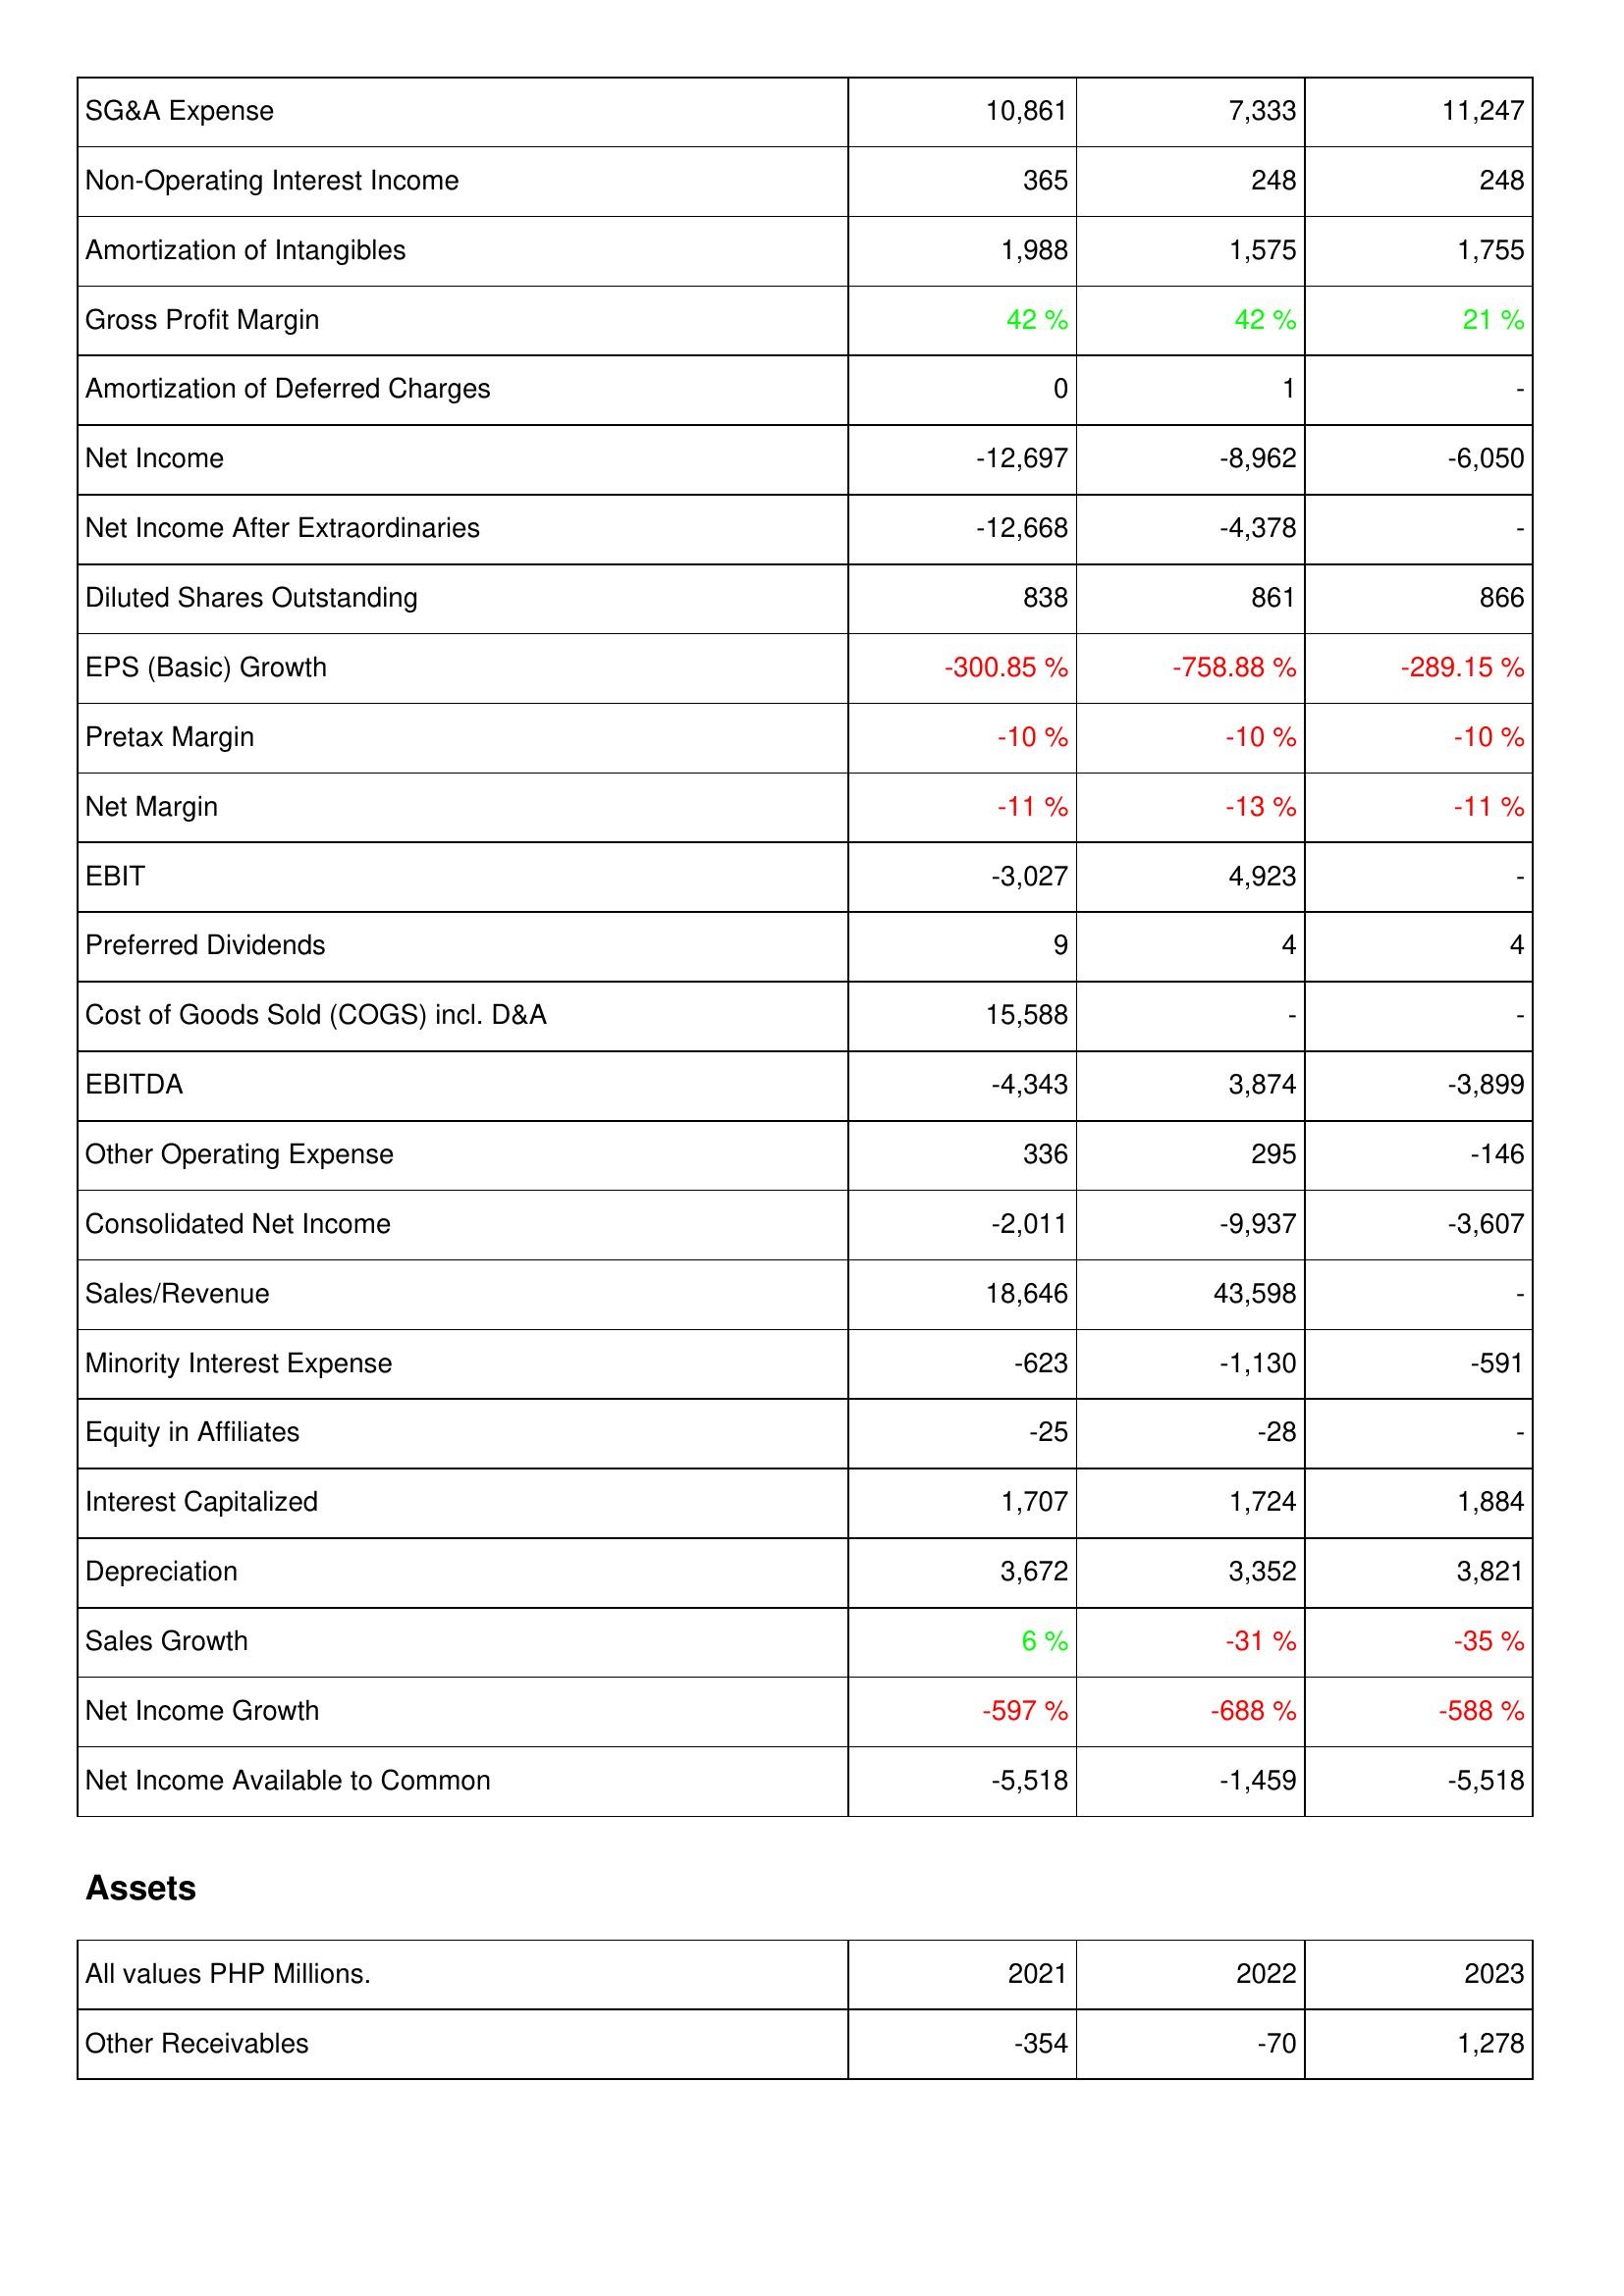
2021: Income Statement: SG&A Expense: 10,861
Non-Operating Interest Income: 365
Amortization of Intangibles: 1,988
Gross Profit Margin: 42 %
Amortization of Deferred Charges: 0
Net Income: -12,697
Net Income After Extraordinaries: -12,668
Diluted Shares Outstanding: 838
EPS (Basic) Growth: -300.85 %
Pretax Margin: -10 %
Net Margin: -11 %
EBIT: -3,027
Preferred Dividends: 9
Cost of Goods Sold (COGS) incl. D&A: 15,588
EBITDA: -4,343
Other Operating Expense: 336
Consolidated Net Income: -2,011
Sales/Revenue: 18,646
Minority Interest Expense: -623
Equity in Affiliates: -25
Interest Capitalized: 1,707
Depreciation: 3,672
Sales Growth: 6 %
Net Income Growth: -597 %
Net Income Available to Common: -5,518
Assets: Other Receivables: -354
2022: Income Statement: SG&A Expense: 7,333
Non-Operating Interest Income: 248
Amortization of Intangibles: 1,575
Gross Profit Margin: 42 %
Amortization of Deferred Charges: 1
Net Income: -8,962
Net Income After Extraordinaries: -4,378
Diluted Shares Outstanding: 861
EPS (Basic) Growth: -758.88 %
Pretax Margin: -10 %
Net Margin: -13 %
EBIT: 4,923
Preferred Dividends: 4
Cost of Goods Sold (COGS) incl. D&A: -
EBITDA: 3,874
Other Operating Expense: 295
Consolidated Net Income: -9,937
Sales/Revenue: 43,598
Minority Interest Expense: -1,130
Equity in Affiliates: -28
Interest Capitalized: 1,724
Depreciation: 3,352
Sales Growth: -31 %
Net Income Growth: -688 %
Net Income Available to Common: -1,459
Assets: Other Receivables: -70
2023: Income Statement: SG&A Expense: 11,247
Non-Operating Interest Income: 248
Amortization of Intangibles: 1,755
Gross Profit Margin: 21 %
Amortization of Deferred Charges: -
Net Income: -6,050
Net Income After Extraordinaries: -
Diluted Shares Outstanding: 866
EPS (Basic) Growth: -289.15 %
Pretax Margin: -10 %
Net Margin: -11 %
EBIT: -
Preferred Dividends: 4
Cost of Goods Sold (COGS) incl. D&A: -
EBITDA: -3,899
Other Operating Expense: -146
Consolidated Net Income: -3,607
Sales/Revenue: -
Minority Interest Expense: -591
Equity in Affiliates: -
Interest Capitalized: 1,884
Depreciation: 3,821
Sales Growth: -35 %
Net Income Growth: -588 %
Net Income Available to Common: -5,518
Assets: Other Receivables: 1,278